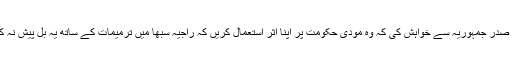
انہوں نے صدر جمہوریہ سے خواہش کی کہ وہ مودی حکومت پر اپنا اثر استعمال کریں کہ راجیہ سبھا میں ترمیمات کے ساتھ یہ بل پیش نہ کیا جائے ۔